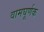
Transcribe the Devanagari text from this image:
वामघूर्णक